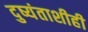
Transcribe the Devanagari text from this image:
दुष्यंताशीही